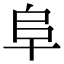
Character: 阜